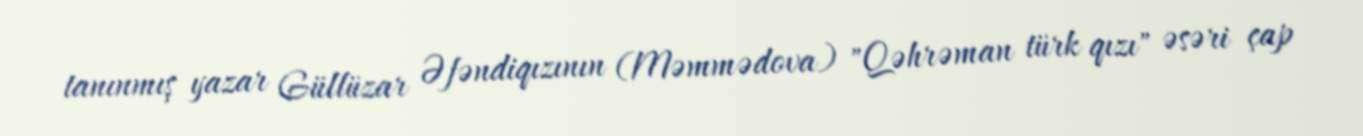
tanınmış yazar Güllüzar Əfəndiqızının (Məmmədova) "Qəhrəman türk qızı" əsəri çap